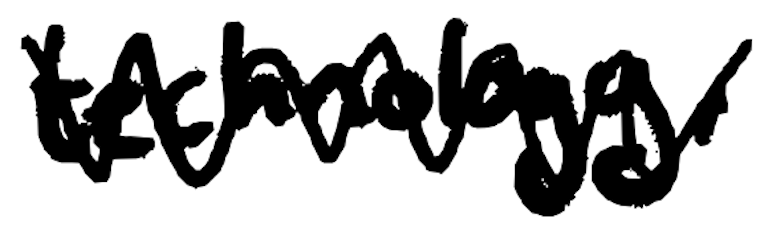
Text: technology,
Cross-out: zig-zag
Writing tool: digital_black